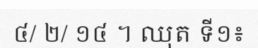
៤/ ២/ ១៤ ។ ឈុត ទី១៖